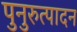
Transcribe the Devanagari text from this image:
पुनुरुत्पादन